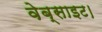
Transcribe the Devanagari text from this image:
वेब्साइट।